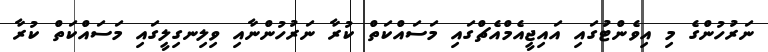
ނަރުހުންގެ މި އިވެންޓުގައި އައިޖީއެމްއެޗްގައި މަސައްކަތް ކުރާ ނަރުހުންނާއި ވިލިނގިލީގައި މަސައްކަތް ކުރާ